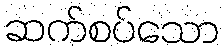
ဆက်စပ်သော